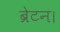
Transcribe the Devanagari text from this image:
ब्रेटन।